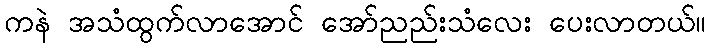
ကနဲ အသံထွက်လာအောင် အော်ညည်းသံလေး ပေးလာတယ်။